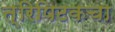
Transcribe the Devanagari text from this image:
त्रिपिटकचा